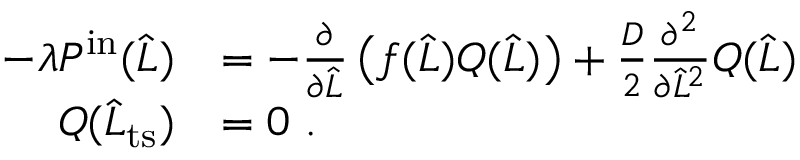
\begin{array} { r l } { - \lambda P ^ { \mathrm { i n } } ( \widehat { L } ) } & { = - \frac { \partial } { \partial \widehat { L } } \left( f ( \widehat { L } ) Q ( \widehat { L } ) \right) + \frac { D } { 2 } \frac { \partial ^ { 2 } } { \partial \widehat { L } ^ { 2 } } Q ( \widehat { L } ) } \\ { Q ( \widehat { L } _ { \mathrm { t s } } ) } & { = 0 \ . } \end{array}